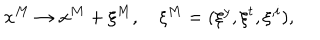
x ^ { M } \to x ^ { M } + \xi ^ { M } , \quad \xi ^ { M } = ( \xi ^ { y } , \xi ^ { t } , \xi ^ { , i } ) ,